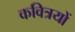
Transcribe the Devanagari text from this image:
कवित्रयों